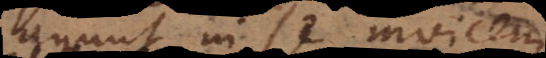
agunt in se invicemnon